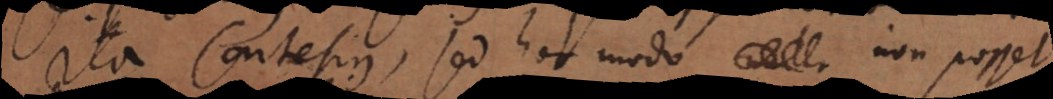
Ita Cartesius, sed hoc modo non posset